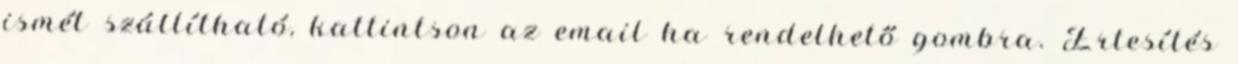
ismét szállítható, kattintson az email ha rendelhető gombra. Értesítés